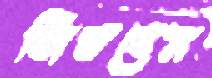
জিতবেম